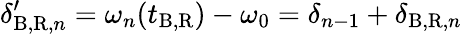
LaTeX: \delta_{\mathrm{B,R},n}^{\prime}=\omega_{n}(t_{\mathrm{B,R}})-\omega_{0}=\delta_{n-1}+\delta_{\mathrm{B,R},n}